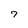
Character: 7